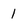
Character: 1